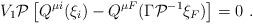
LaTeX: \begin{align*}V_1{\cal P}\left[ Q^{\mu i}(\xi _i)-Q^{\mu F}(\Gamma {\cal P}^{-1}\xi _F)\right] =0\ .\end{align*}